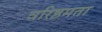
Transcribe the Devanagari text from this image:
वरिष्ठमता